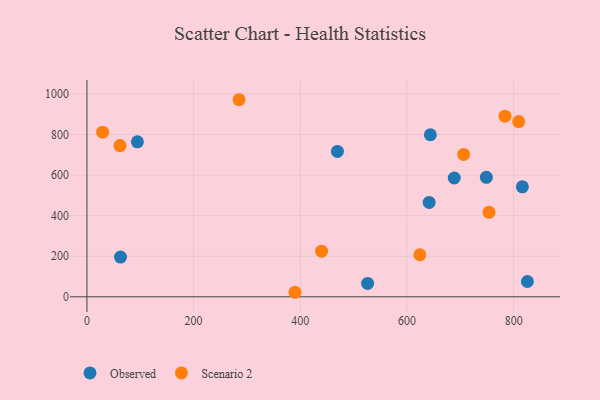
{"axis": {"x": "Study Hours", "y": "Fuel Efficiency"}, "legend": ["Observed", "Scenario 2"], "data": [{"x": "748.8", "y": 589.1, "type": "Observed"}, {"x": "816.3", "y": 542.1, "type": "Observed"}, {"x": "825.7", "y": 75.4, "type": "Observed"}, {"x": "469.6", "y": 716.6, "type": "Observed"}, {"x": "641.6", "y": 465.1, "type": "Observed"}, {"x": "94.6", "y": 763.8, "type": "Observed"}, {"x": "688.6", "y": 585.7, "type": "Observed"}, {"x": "62.9", "y": 195.8, "type": "Observed"}, {"x": "643.8", "y": 798.8, "type": "Observed"}, {"x": "526.2", "y": 65.9, "type": "Observed"}, {"x": "624.1", "y": 207.4, "type": "Scenario 2"}, {"x": "753.8", "y": 416.7, "type": "Scenario 2"}, {"x": "783.7", "y": 890.4, "type": "Scenario 2"}, {"x": "439.8", "y": 224.9, "type": "Scenario 2"}, {"x": "29.4", "y": 811.8, "type": "Scenario 2"}, {"x": "61.9", "y": 745.5, "type": "Scenario 2"}, {"x": "390.0", "y": 22.3, "type": "Scenario 2"}, {"x": "706.2", "y": 701.8, "type": "Scenario 2"}, {"x": "809.4", "y": 863.8, "type": "Scenario 2"}, {"x": "285.2", "y": 971.6, "type": "Scenario 2"}]}